Insane asylums Bombay 1873-77 - 1873-1877
Year: 1873
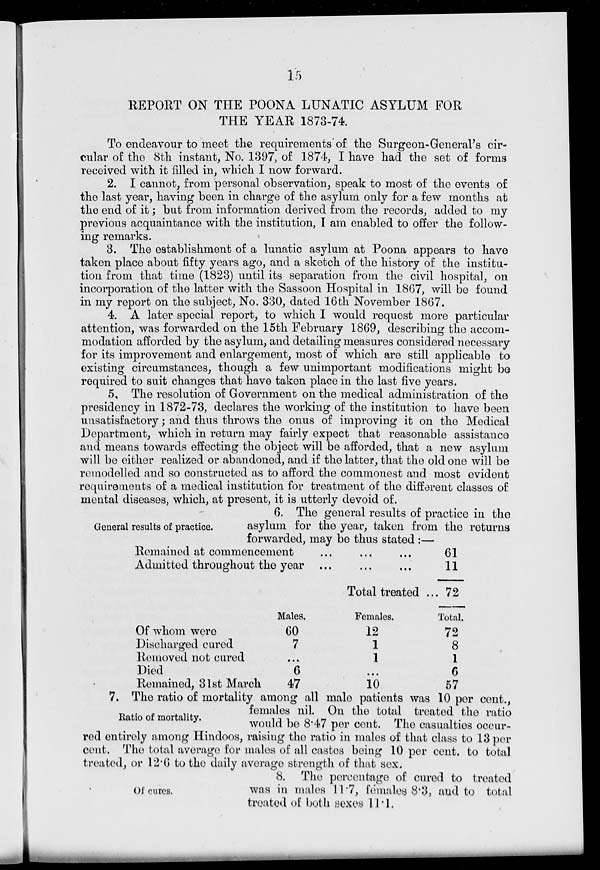
15
REPORT ON THE POONA LUNATIC ASYLUM FOR
THE YEAR 1873-74.
To endeavour to meet the requirements of the Surgeon-General's cir-
cular of the 8th instant, No. 1397, of 1874, I have had the set of forms
received with it filled in, which I now forward.
2. I cannot, from personal observation, speak to most of the events of
the last year, having been in charge of the asylum only for a few months at
the end of it; but from information derived from the records, added to my
previous acquaintance with the institution, I am enabled to offer the follow-
ing remarks.
3. The establishment of a lunatic asylum at Poona appears to have
taken place about fifty years ago, and a sketch of the history of the institu-
tion from that time (1823) until its separation from the civil hospital, on
incorporation of the latter with the Sassoon Hospital in 1867, will be found
in my report on the subject, No. 330, dated 16th November 1867.
4. A later special report, to which I would request more particular
attention, was forwarded on the 15th February 1869, describing the accom-
modation afforded by the asylum, and detailing measures considered necessary
for its improvement and enlargement, most of which are still applicable to
existing circumstances, though a few unimportant modifications might be
required to suit changes that have taken place in the last five years.
5. The resolution of Government on the medical administration of the
presidency in 1872-73, declares the working of the institution to have been
unsatisfactory; and thus throws the onus of improving it on the Medical
Department, which in return may fairly expect that reasonable assistance
and means towards effecting the object will be afforded, that a new asylum
will be either realized or abandoned, and if the latter, that the old one will be
remodelled and so constructed as to afford the commonest and most evident
requirements of a medical institution for treatment of the different classes of
mental diseases, which, at present, it is utterly devoid of.
General results of practice.
6. The general results of practice in the
asylum for the year, taken from the returns
forwarded, may be thus stated :—
Remained at commencement ... ... ...
Admitted throughout the year ... ... ...
Total treated ...
61
11
72
Of whom were
Discharged cured
Removed not cured
Died
Remained, 31st March
Males.
60
7
...
6
47
Females.
12
1
1
...
10
Total.
72
8
1
6
57
Ratio of mortality.
7. The ratio of mortality among all male patients was 10 per cent.,
females nil. On the total treated the ratio
would be 8.47 per cent. The casualties occur-
red entirely among Hindoos, raising the ratio in males of that class to 13 per
cent. The total average for males of all castes being 10 per cent. to total
treated, or 12.6 to the daily average strength of that sex.
Of cures.
8. The percentage of cured to treated
was in males 11.7, females 8.3, and to total
treated of both sexes 11.1.